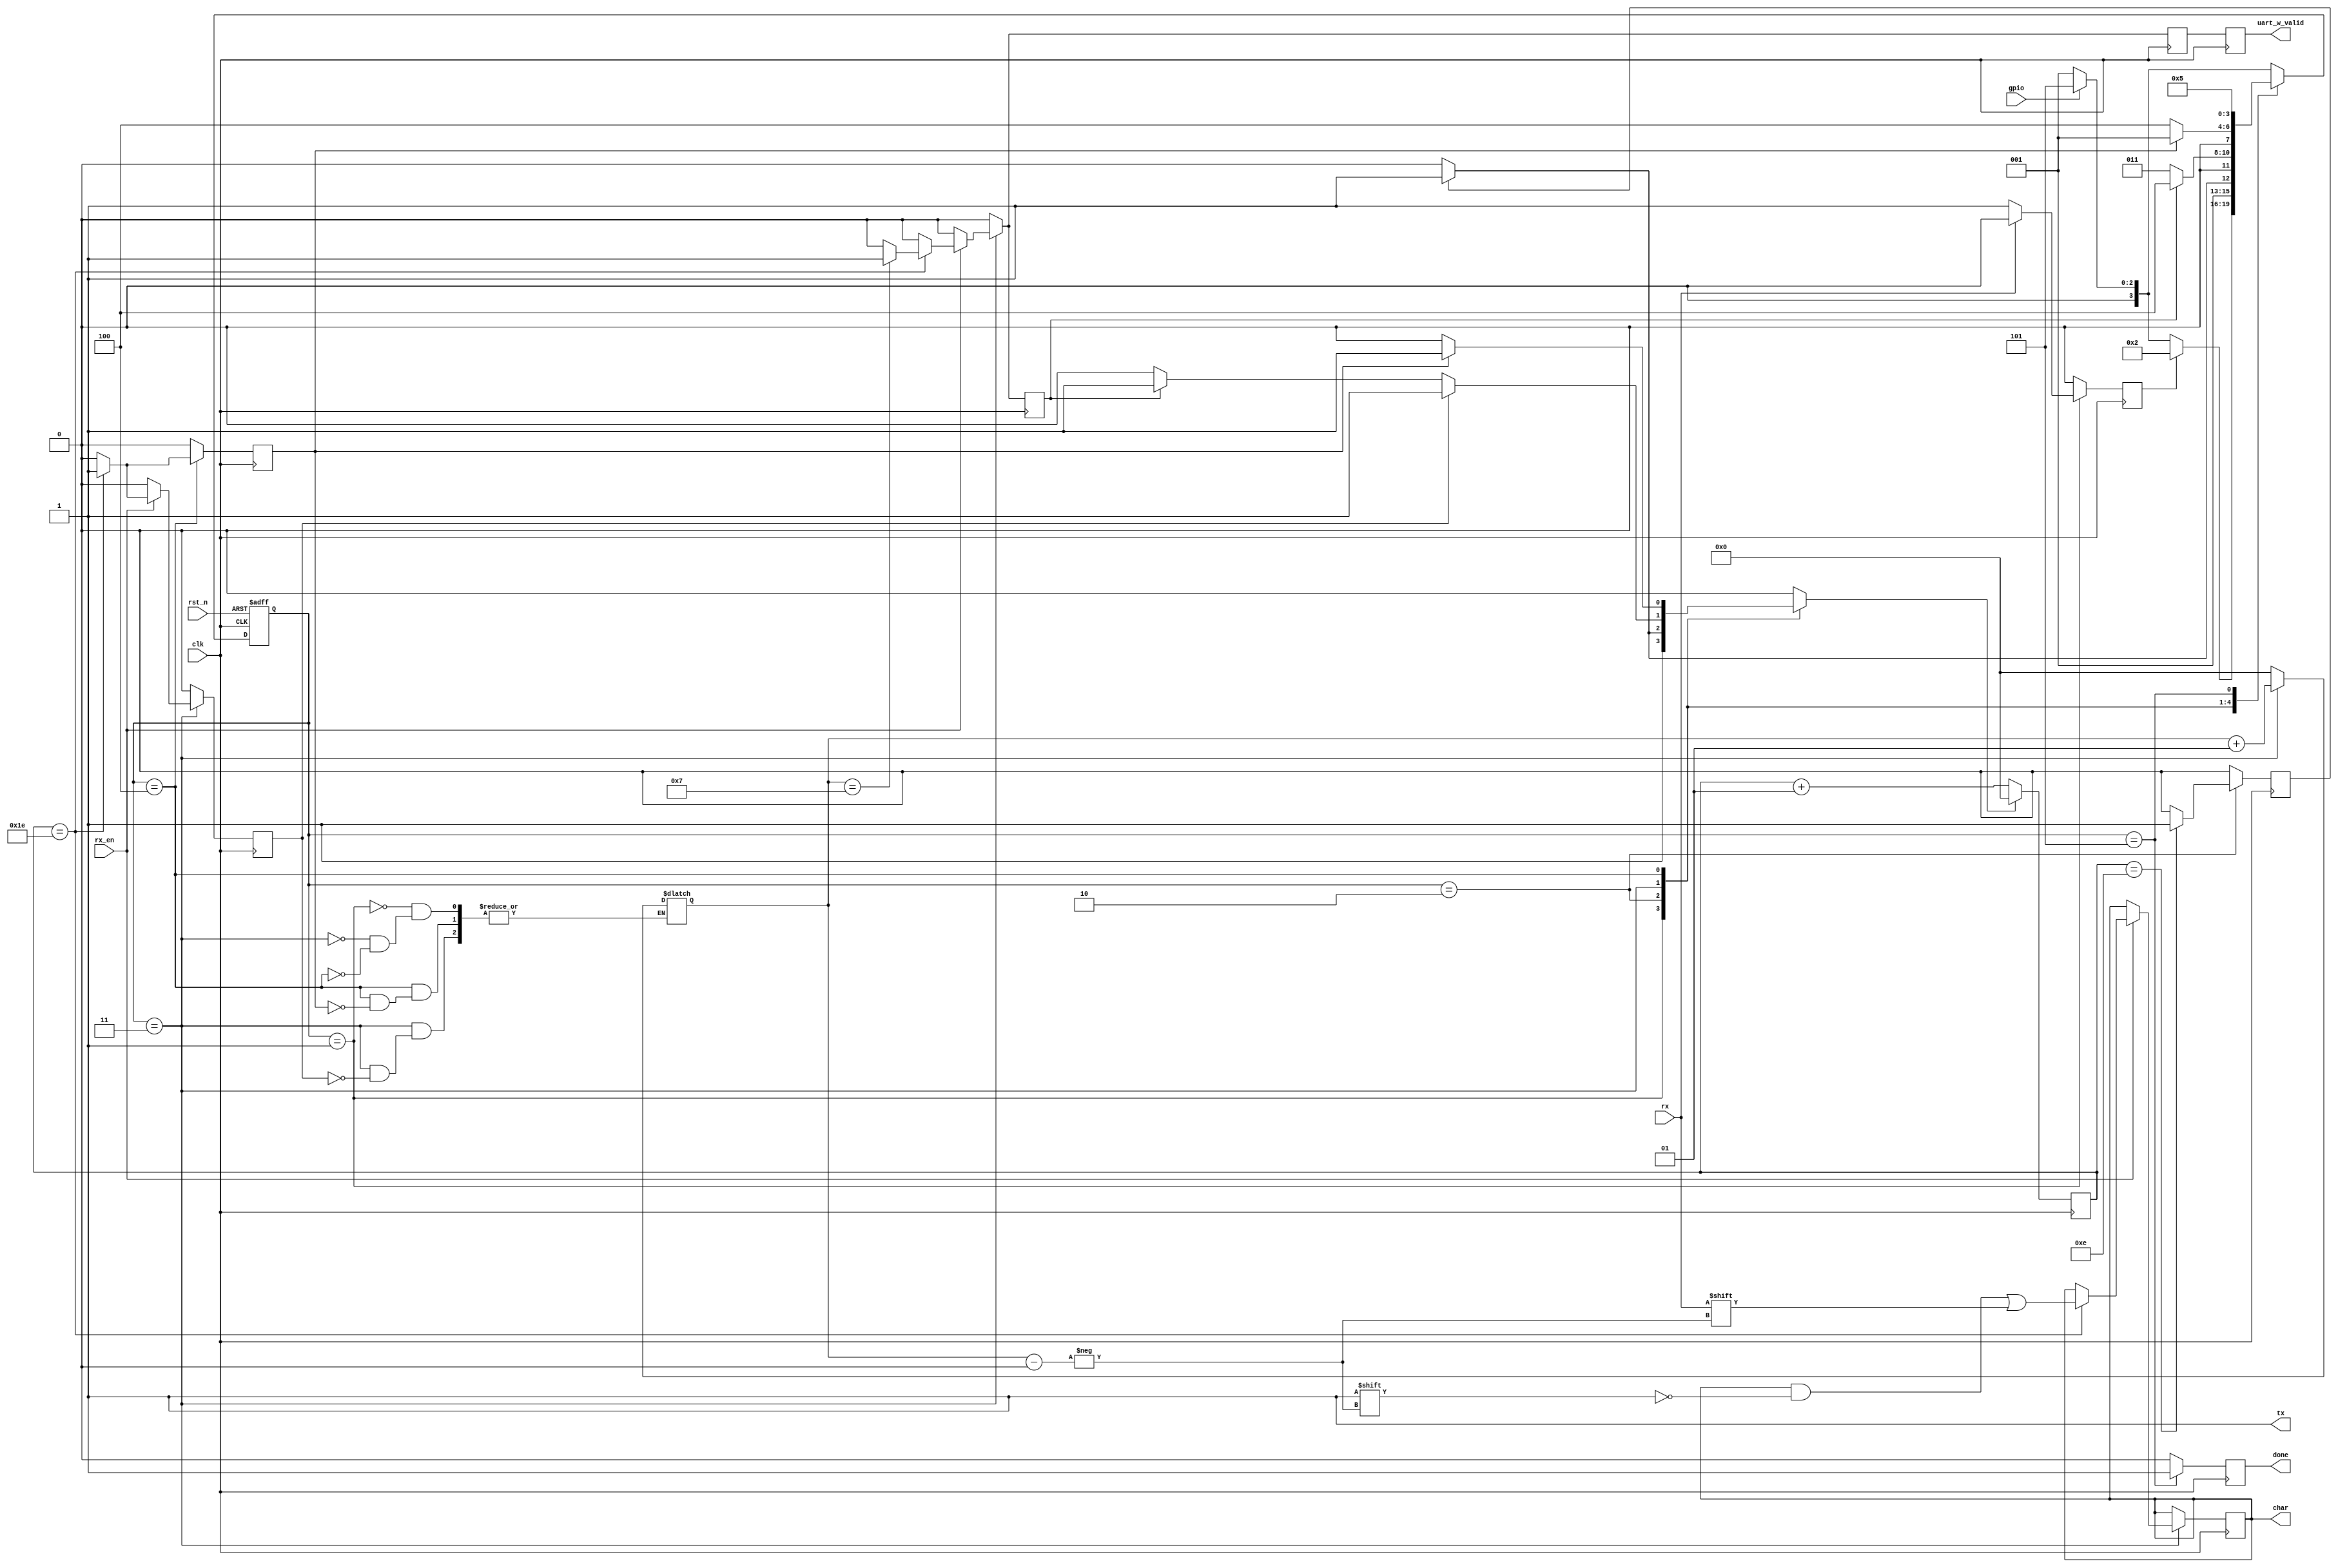
`timescale 1ns / 1ps
//////////////////////////////////////////////////////////////////////////////////
// Company: 
// Engineer: 
// 
// Design Name: 
// Module Name: uart
// Project Name: 
// Target Devices: 
// Tool Versions: 
// Description: 
// 
// Dependencies: 
// 
// Revision:
// Revision 0.01 - File Created
// Additional Comments:
// 
//////////////////////////////////////////////////////////////////////////////////
/*
BAUD_RATE = 781250
BIT_PERIOD = 1280000 ps = 1280 ns
=> 32 cycles
parameter BIT_PERIOD = (1000000000/BAUD_RATE*1000);
*/
module uart (
    input clk,
    input rst_n,
    input rx_en,
    input gpio,
    input rx,
    output tx,
    output [7:0] char,
    output uart_w_valid,
    output done
    );
    
    parameter BIT_PERIOD = 1280;
    parameter WAIT_NEG_RX = 4'b0001;
    parameter WAIT_15_CYCLE = 4'b0010;
    parameter STORE_CHAR = 4'b0011;
    parameter WAIT_31_CYCLE = 4'b0100;
    parameter DONE = 4'b0101;
    
    reg[3:0] PRES_STATE, NEXT_STATE;
    reg[7:0] character;
    reg start_wait, start_access, update_idx, update_char, next_char, uart_done;
    reg valid_t, valid;
    reg reset_i;
    
    integer i,k;
    
    assign tx = 1'b1;
    assign char = character;
    assign uart_w_valid = valid_t;
    assign done = uart_done;

    // State Control index
    always @(posedge clk) begin
        if(reset_i) begin
            i<=0;
        end else begin
            i<=i+1;
        end
        valid_t <= valid;
    end

        // Control path sequential circuit.
    always @(posedge clk, negedge rst_n) begin
        if (!rst_n) begin
            PRES_STATE <= WAIT_NEG_RX;
        end else begin
            PRES_STATE <= NEXT_STATE;
        end
    end
    
    always @(*) begin
        reset_i = 1'b0;
        case (PRES_STATE)
        WAIT_NEG_RX:begin
            reset_i = 1'b1;
            k=0;
        end
        WAIT_15_CYCLE:begin
             if(start_access) begin
                reset_i = 1'b1;
            end
        end
        STORE_CHAR:begin
            if(update_idx) begin
                k=k+1;
                reset_i = 1'b1;
            end else if(update_char) begin
                reset_i = 1'b1;
            end
        end
        WAIT_31_CYCLE:begin
            if(next_char) begin
                k=0;
                reset_i = 1'b1;
            end
        end
        DONE:begin
        end
        endcase
    end
    
    // Control path combinational circuit.
    always @(*) begin
        if(gpio) begin
            NEXT_STATE = DONE;
        end else begin
            NEXT_STATE = WAIT_NEG_RX;
        end
        
        case (PRES_STATE)
        WAIT_NEG_RX:begin
            if(start_wait) begin
                NEXT_STATE = WAIT_15_CYCLE;
            end
        end
        WAIT_15_CYCLE:begin
            if(start_access) begin
                NEXT_STATE = STORE_CHAR;
            end else begin
                NEXT_STATE = WAIT_15_CYCLE;
            end
        end
        STORE_CHAR:begin
            //$display("en_Char = %b, en_idx = %b", update_char, update_idx);
            if(update_char) begin
                NEXT_STATE = WAIT_31_CYCLE;
            end else begin
                NEXT_STATE = STORE_CHAR;
            end
        end
        WAIT_31_CYCLE:begin
            if(next_char) begin
                NEXT_STATE = WAIT_NEG_RX;
            end else begin
                NEXT_STATE = WAIT_31_CYCLE;
            end
        end
        DONE:begin
            NEXT_STATE = DONE;
        end
        endcase
    end
    
    // Data path sequential circuit.
    always @(posedge clk) begin
        start_wait <= 1'b0;
        start_access <= 1'b0;
        next_char <= 1'b0;
        update_idx <= 1'b0;
        update_char <= 1'b0;
        valid <= 1'b0;
        uart_done <= 1'b0;
        
        case (PRES_STATE)
        WAIT_NEG_RX:begin
            if(rx==0) begin
                start_wait <= 1'b1;
            end
        end
        WAIT_15_CYCLE:begin
            // 15-1 cycles
            //$display($time, " i = %d", i);
            if(i==14) begin
                start_access <= 1'b1;
            end
        end
        STORE_CHAR:begin
            if(rx_en) begin
                //$display($time, " i = %d", i);
                if(i==30) begin
                    character[k] <= rx;
                    update_idx <= 1'b1;
                    //$display($time, " k = %d, rx = %b", k, rx);
                    if(k==7) begin
                        update_char <= 1'b1;
                        valid <= 1'b1;
                    end
                end
            end
        end
        WAIT_31_CYCLE:begin
            if(i==30) begin
                next_char <= 1'b1;
                //$display($time, " CHAR = %b  %s", character, character);
            end
        end
        DONE:begin
            uart_done <= 1'b1;
        end
        endcase
    end
endmodule